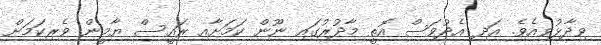
ވިދާޅުވިއެވެ. އަދި އެދުވަސް އޮތީ މާދުރުގައި ނޫން ކަމަށާއި ރައީސް ޔާމީން ވެރިކަމަށް